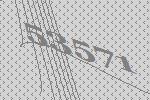
53571